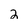
Character: 2